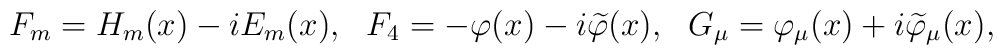
F_m=H_m (x)-iE_m (x) ,~~F_4=-\varphi (x)-i\widetilde{\varphi}(x),~~G_\mu =\varphi_\mu (x)+i\widetilde{\varphi}_\mu (x) ,